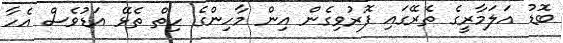
ބޮޑު އަލަމާރީގެ ތެރޭގައި ފޮރުވިގެން އިން މާހިންގެ ހިތް ތެޅޭ އަޑުވެސް އެހާ